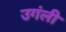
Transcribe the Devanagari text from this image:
उगंली